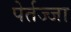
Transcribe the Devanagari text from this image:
पेर्तज्जा